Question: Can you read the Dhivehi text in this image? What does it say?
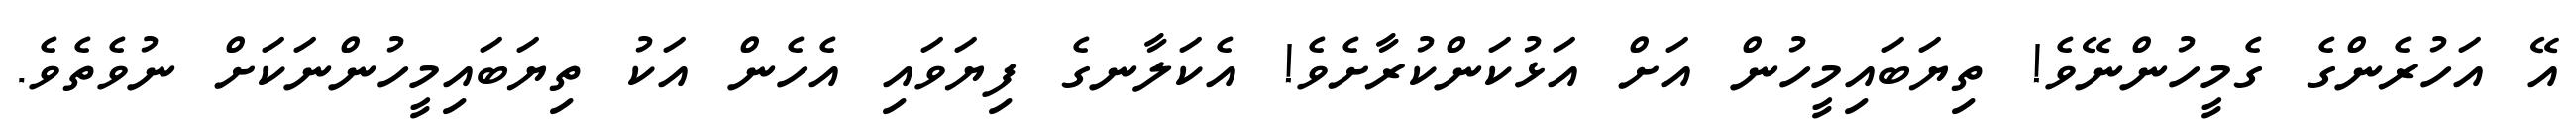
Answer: އޭ އަހުރެންގެ ގެމީހުންނޭވެ! ތިޔަބައިމީހުން އަށް އަޅުކަންކުރާށެވެ! އެކަލާނގެ ފިޔަވައި އެހެން އަކު ތިޔަބައިމީހުންނަކަށް ނުވެތެވެ.